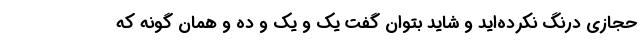
حجازی درنگ نکرده‌اید و شاید بتوان گفت یک و یک و دَه و همان گونه که